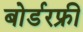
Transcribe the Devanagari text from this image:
बोर्डरफ्री